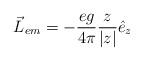
LaTeX: \begin{align*}\vec{L}_{em}=-\frac{eg}{4\pi}\frac{z}{|z|}\hat{e}_{z}\end{align*}